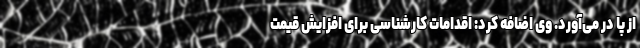
از پا در می‌آورد. وی اضافه کرد: اقدامات کارشناسی برای افزایش قیمت